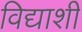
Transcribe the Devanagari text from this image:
विद्याशी